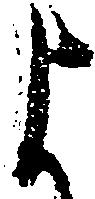
よ